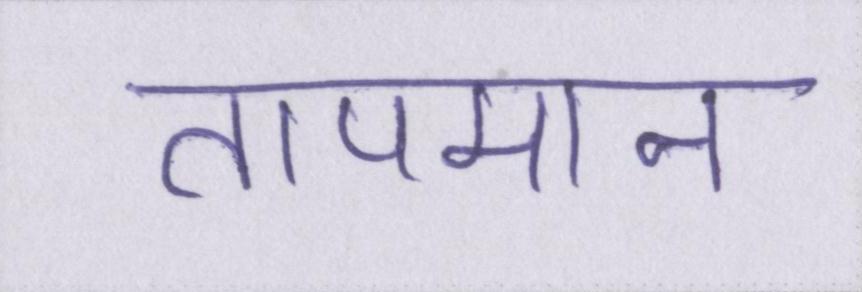
तापमान